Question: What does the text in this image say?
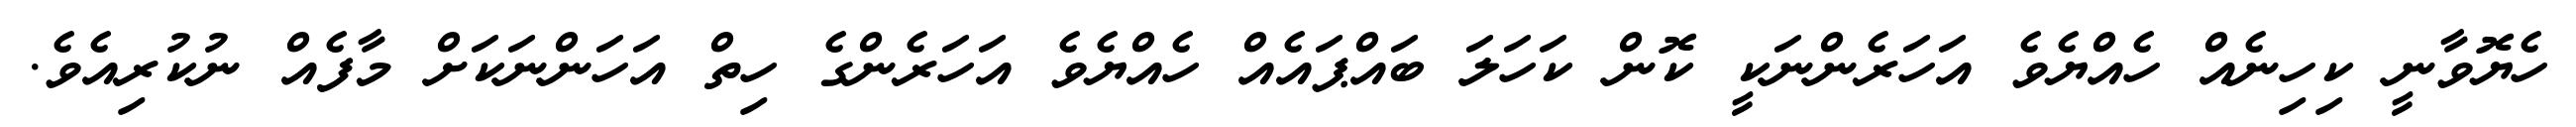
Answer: ހެޔޮވާނީ ކިހިނެއް ހެއްޔެވެ އަހަރެންނަކީ ކޮން ކަހަލަ ބައްޕައެއް ހެއްޔެވެ އަހަރެންގެ ހިތް އަހަންނަކަށް މާފެއް ނުކުރިއެވެ.